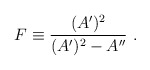
\begin{align*}F\equiv{{(A^\prime)^2}\over{(A^\prime)^2-A^{\prime\prime}}}~.\end{align*}